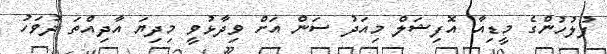
ފުލުހުންގެ މީޑިއާ އޮފިޝަލް މިއަދު ސަން އަށް ވިދާޅުވީ މިދިޔަ އާދިއްތަ ދުވަހު